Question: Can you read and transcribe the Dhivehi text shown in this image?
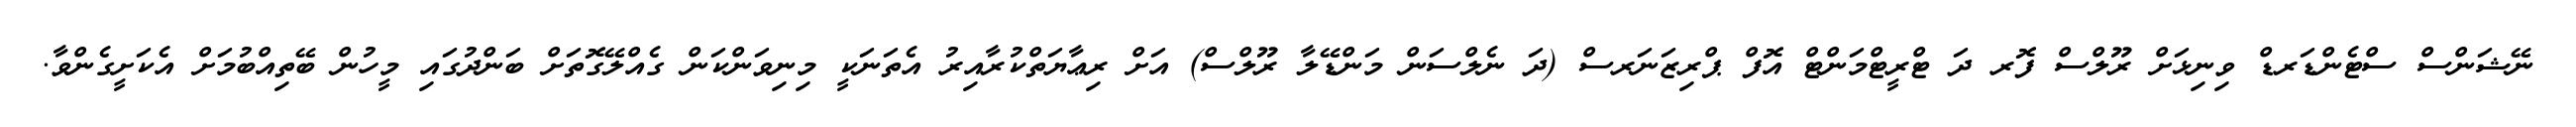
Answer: ނޭޝަންސް ސްޓެންޑަރޑް ވިނިޅަށް ރޫލްސް ފޮރ ދަ ޓްރީޓްމަންޓް އޮފް ޕްރިޒަނަރސް (ދަ ނެލްސަން މަންޑޭލާ ރޫލްސް) އަށް ރިޢާޔަތްކުރާއިރު އެތަނަކީ މިނިވަންކަން ގެއްލޭގޮތަށް ބަންދުގައި މީހުން ބޭތިއްބުމަށް އެކަށީގެންވާ.